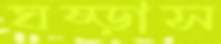
ঘষ্‌ড়াস